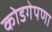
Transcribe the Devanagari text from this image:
कोडगेपणा